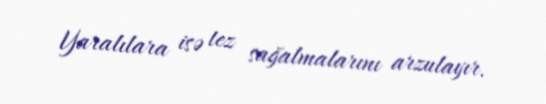
Yaralılara isə tez sağalmalarını arzulayır.